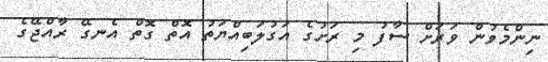
ނިންމެވުން ވަރަށް ސާފު މި ރަށުގެ އަގުލަބިއްޔަތު އޮތް ގޮތް އެނގޭ ރާއްޖޭގެ